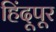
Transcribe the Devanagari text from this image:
हिंदूपूर